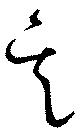
其